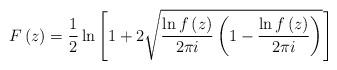
LaTeX: \begin{align*}F\left(z\right)=\frac{1}{2}\ln\left[1+2\sqrt{\frac{\ln f\left(z\right)}{2\pi i}\left(1-\frac{\ln f\left(z\right)}{2\pi i}\right)}\right]\end{align*}